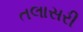
તલાસરી